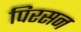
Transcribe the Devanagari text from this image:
पिरसन